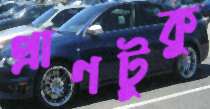
প্রাণটুকু